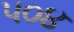
૫૦૪